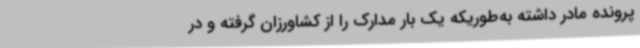
پرونده مادر داشته به‌طوریکه یک بار مدارک را از کشاورزان گرفته و در